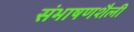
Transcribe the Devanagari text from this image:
संभाषणशैली